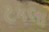
ટકલા